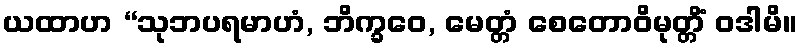
ယထာဟ “သုဘပရမာဟံ, ဘိက္ခဝေ, မေတ္တံ စေတောဝိမုတ္တိံ ဝဒါမိ။